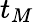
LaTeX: t_{M}